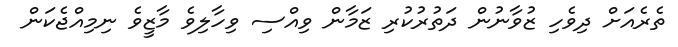
ތެރެއަށް ދިވެހި ޒުވާނުން ދަތުރުކުރި ޒަމާން ވިއްސި ވިހާލިވެ މާޒީވެ ނިމިއްޖެކަން